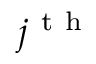
j ^ { \mathrm { ~ t ~ h ~ } }